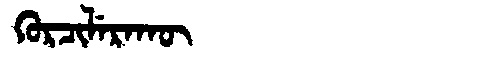
Manchu: ᡴᡠᡵᠴᡳᠯᡝᡵᠠᡴᡡ
Romanization: KURCILERAKŪ